画像に写った文字を読んでください
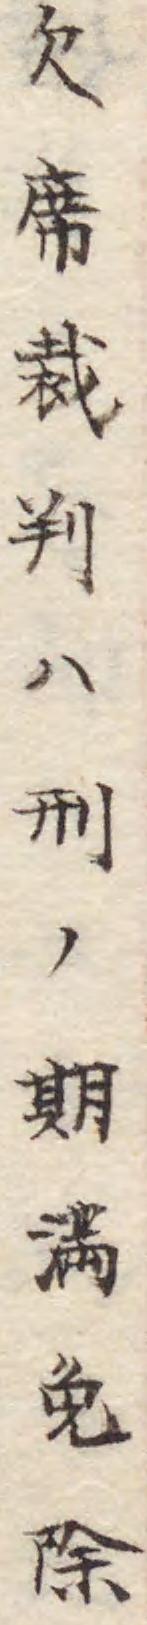
「欠席裁判ハ刑ノ期満免除」と書いてあります